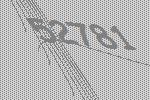
52781